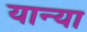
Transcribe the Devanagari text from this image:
यान्या